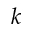
k